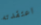
اعتقدته